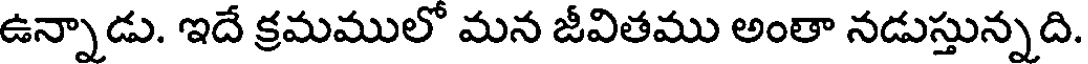
ఉన్నాడు. ఇదే క్రమములో మన జీవితము అంతా నడుస్తున్నది